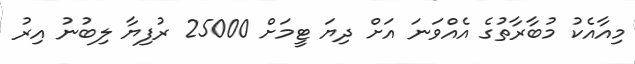
މިއާއެކު މުބާރާތުގެ އެއްވަނަ އަށް ދިޔަ ޓީމަށް 25000 ރުފިޔާ ލިބުނު އިރު